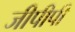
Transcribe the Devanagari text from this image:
जीपीपी